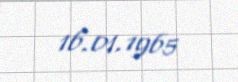
16.01.1965